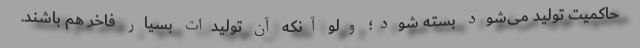
حاکمیت تولید می‌شود بسته شود؛ ولو آنکه آن تولیدات بسیار فاخر هم باشند.